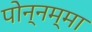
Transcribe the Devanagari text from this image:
पोन्नम्मा